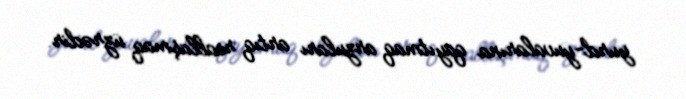
yurd-yuvalarına qayıtmaq arzuları artıq reallaşmaq üzrədir.